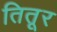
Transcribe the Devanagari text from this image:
तितूर